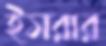
ইসরার